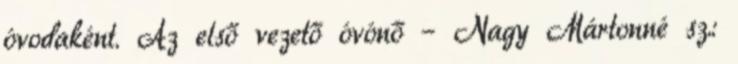
óvodaként. Az első vezető óvónő – Nagy Mártonné sz.: